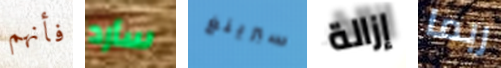
فأنهم سأرد سبرينغ إزالة ربما